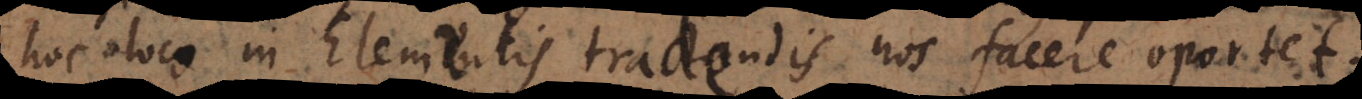
hoc loco in Elementis tradendis nos facere oportet.